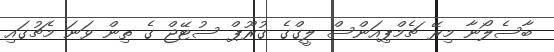
ބާސެލޯނާ މިރޭ ޗެމްޕިއަންސް ލީގްގެ ގުރޫޕް ސުޓޭޖް ގެ ތިން ވަނަ މެޗުގައި